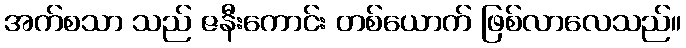
အက်စသာ သည် ဇနီးကောင်း တစ်ယောက် ဖြစ်လာလေသည်။